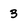
Character: 3